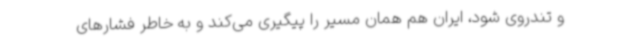
و تندروی شود، ایران هم همان مسیر را پیگیری می‌کند و به خاطر فشارهای